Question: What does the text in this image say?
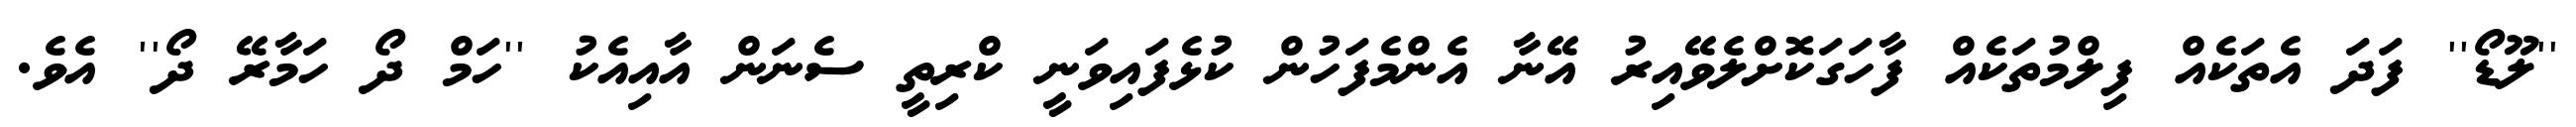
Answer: ''ލޫޑޯ'' ފަދަ އެތަކެއް ފިލްމުތަކެއް ފާހަގަކޮށްލެވޭއިރު އޭނާ އެންމެފަހުން ކުޅެފައިވަނީ ކްރިތީ ސެނަން އާއިއެކު ''ހަމް ދޯ ހަމާރޭ ދޯ'' އެވެ.